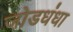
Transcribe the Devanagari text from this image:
जोडधंधा